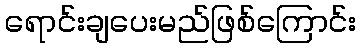
ရောင်းချပေးမည်ဖြစ်ကြောင်း